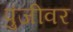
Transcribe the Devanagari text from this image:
पुंजीवर